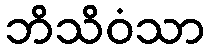
ဘိသိဝံသာ